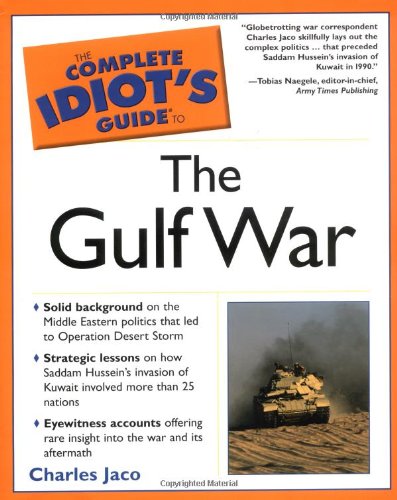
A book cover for The Complete Idiot's Guide To the Gulf War; Charles Jaco; History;